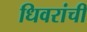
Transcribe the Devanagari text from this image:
धिवरांची